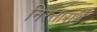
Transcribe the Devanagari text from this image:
निस्तारार्थ